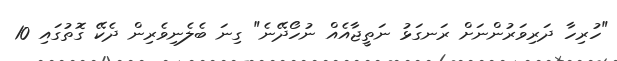
"ހުރިހާ ދަރިވަރުންނަށް ރަނގަޅު ނަތީޖާއެއް ނުހޯދޭނެ" ގިނަ ބެލެނިވެރިން ދެކޭ ގޮތުގައި 10